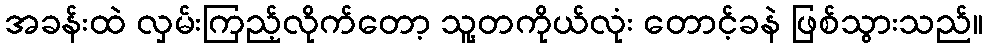
အခန်းထဲ လှမ်းကြည့်လိုက်တော့ သူ့တကိုယ်လုံး တောင့်ခနဲ ဖြစ်သွားသည်။